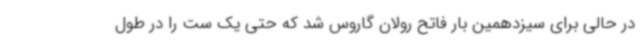
در حالی برای سیزدهمین بار فاتح رولان گاروس شد که حتی یک ست را در طول